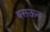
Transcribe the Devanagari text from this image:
बसऊन